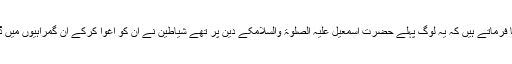
حضرت عبداللہ بن عباس رَضِیَ اللہُ تَعَالٰی عَنْہُمَا فرماتے ہیں کہ یہ لوگ پہلے حضرت اسمٰعیل عَلَیْہِ الصَّلٰوۃُ وَالسَّلَامکے دین پر تھے شیاطین نے اُن کو اغوا کرکے ان گمراہیوں میں ڈالا تاکہ انہیں دینِ اسماعیلی سے مُنْحَرِف کرے۔